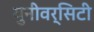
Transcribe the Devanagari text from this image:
युनीवर्सिटी